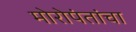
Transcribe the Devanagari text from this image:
मोरोपंतांचा